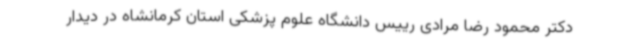
دکتر محمود رضا مرادی رییس دانشگاه علوم پزشکی استان کرمانشاه در دیدار